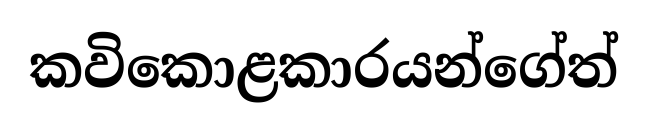
කවිකොළකාරයන්ගේත්